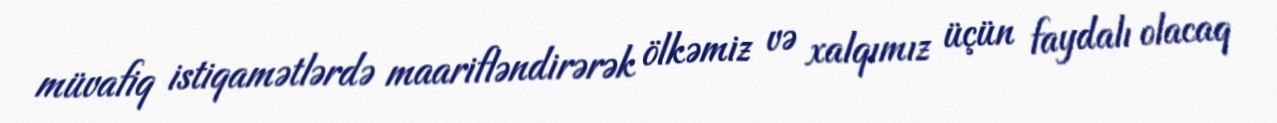
müvafiq istiqamətlərdə maarifləndirərək ölkəmiz və xalqımız üçün faydalı olacaq